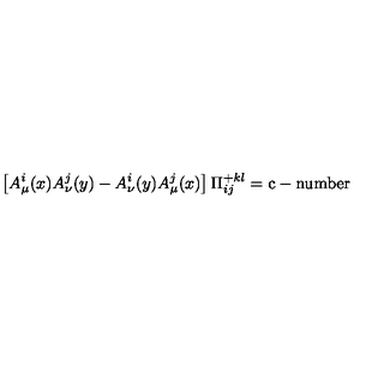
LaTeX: \left[ A _ { \mu } ^ { i } ( x ) A _ { \nu } ^ { j } ( y ) - A _ { \nu } ^ { i } ( y ) A _ { \mu } ^ { j } ( x ) \right] \Pi _ { i j } ^ { + k l } = \mathrm { c - n u m b e r }